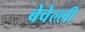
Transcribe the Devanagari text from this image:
बेवेल्ली